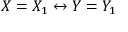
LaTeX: X = X _ { 1 } \leftrightarrow Y = Y _ { 1 }